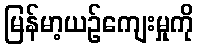
မြန်မာ့ယဉ်ကျေးမှုကို